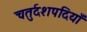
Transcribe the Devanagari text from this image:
चतुर्दशपदियाँ